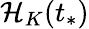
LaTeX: \mathcal{H}_{K}(t_{*})